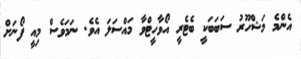
އެންމެ މަޝްހޫރު ސަބަބަކީ ބެޓެރީ އޯވާހީޓްވާ މައްސަލަ އެވެ. ނަމަވެސް މިއީ ފޯނަށް